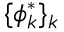
\{ \phi _ { k } ^ { * } \} _ { k }